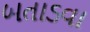
બતાડવા